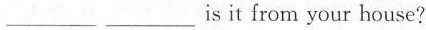
___ ___is it from your house?